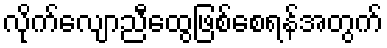
လိုက်လျောညီထွေဖြစ်စေရန်အတွက်